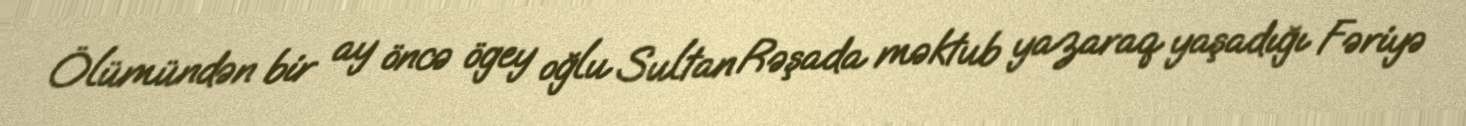
Ölümündən bir ay öncə ögey oğlu Sultan Rəşada məktub yazaraq yaşadığı Fəriyə